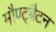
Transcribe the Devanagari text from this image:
मौण्ट्बैटन